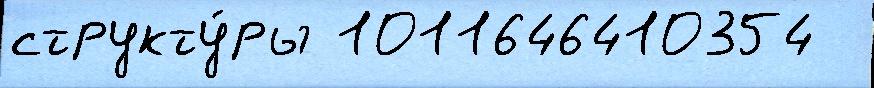
структу́ры 1011646410354